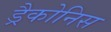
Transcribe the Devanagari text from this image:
ड्रैकोनिस